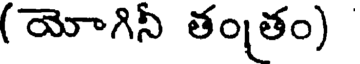
(యోగినీ తంతం)